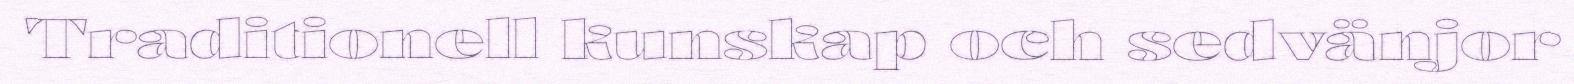
Traditionell kunskap och sedvänjor